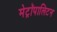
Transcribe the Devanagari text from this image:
मेट्रॉपालिटन